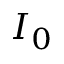
I _ { 0 }